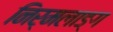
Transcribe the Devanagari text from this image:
निर्मलाङ्ग